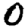
Digit: 0